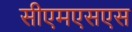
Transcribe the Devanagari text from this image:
सीएमएसएस